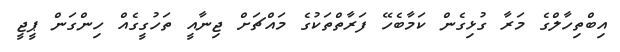
އިބްތިހާލްގެ މަރާ ގުޅިގެން ކަމާބެހޭ ފަރާތްތަކުގެ މައްޗަށް ޖިނާއީ ތަހުގީގެއް ހިންގަން ޕީޖީ